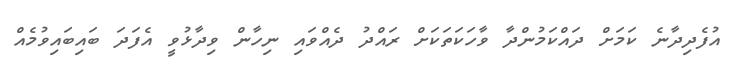
އުފެދިދާނެ ކަމަށް ދައްކަމުންދާ ވާހަކަތަކަށް ރައްދު ދެއްވައި ނިހާން ވިދާޅުވީ އެފަދަ ބައިބައިވުމެއް